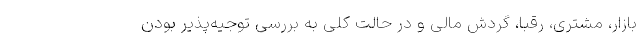
بازار، مشتری، رقبا، گردش مالی و در حالت کلی به بررسی توجیه‌پذیر بودن